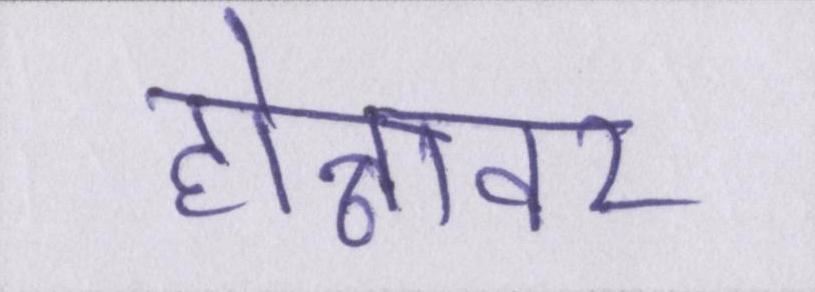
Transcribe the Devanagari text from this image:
होन्नावर